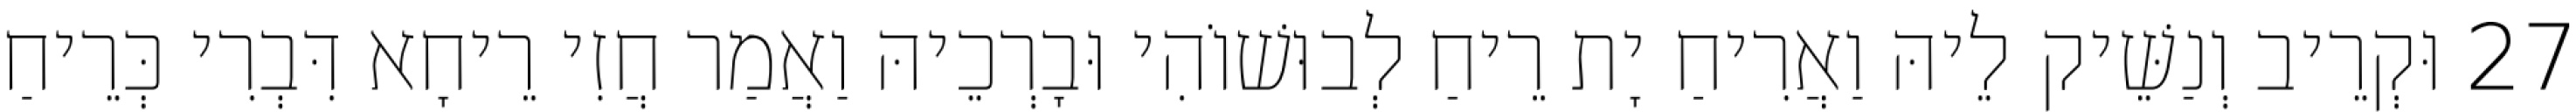
27 וּקְרֵיב וְנַשֵּׁיק לֵיהּ וַאֲרִיחַ יָת רֵיחַ לְבוּשׁוֹהִי וּבָרְכֵיהּ וַאֲמַר חֲזִי רֵיחָא דִּבְרִי כְּרֵיחַ